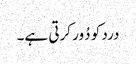
درد کو دُور کرتی ہے۔